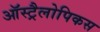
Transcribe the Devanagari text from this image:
ऑस्ट्रैलोपिकस